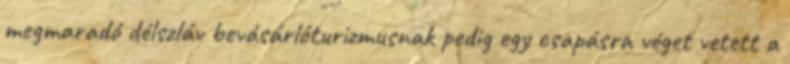
megmaradó délszláv bevásárlóturizmusnak pedig egy csapásra véget vetett a